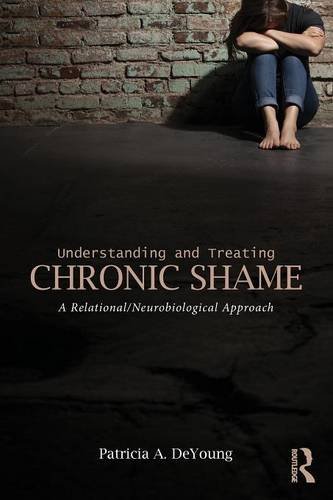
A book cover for Understanding and Treating Chronic Shame: A Relational/Neurobiological Approach; Patricia A. DeYoung; Medical Books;